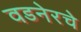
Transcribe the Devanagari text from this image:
वडनेरचे